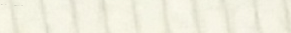
خدمات تنظيف المنازل والمك